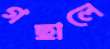
গছালে